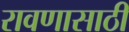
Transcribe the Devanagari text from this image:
रावणासाठी